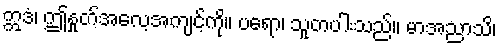
ဣဒံ၊ ဤနှုတ်အလေ့အကျင့်ကို။ ပရော၊ သူတပါးသည်။ မာအညာသိ၊